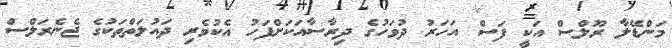
މަންޑޭލާ ރޫލްސް އަކީ ފަސް އަހަރު ދުވަހުގެ ދިރާސާއަކަށްފަހު އެކުވެރި ދައުލަތްތަކުގެ ޖެނެރަލްސް